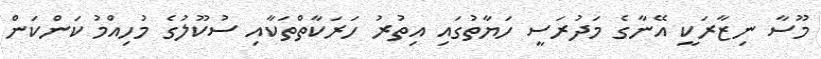
މޫސާ ނިޒާރަކީ އޭނާގެ މަދުރަސީ ހަޔާތުގައި އިތުރު ހަރަކާތްތަކާއި ސުކޫލުގެ މުހިއްމު ކަންކަން